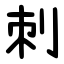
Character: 刺